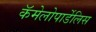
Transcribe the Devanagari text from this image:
कॅमेलोपार्डेलिस